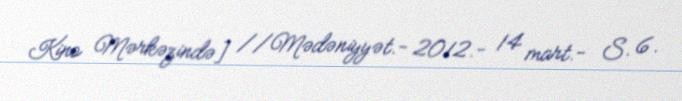
Kino Mərkəzində] //Mədəniyyət.- 2012.- 14 mart.- S. 6.